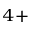
^ { 4 + }